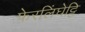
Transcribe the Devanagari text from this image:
फेरलिंघेट्टि